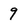
Character: 9